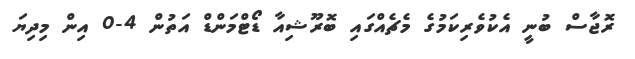
ރޮޖާސް ބުނީ އެކުވެރިކަމުގެ މެޗެއްގައި ބޮރޫޝިއާ ޑޯޓްމަންޑް އަތުން 4-0 އިން މިދިޔަ